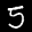
Label: 5